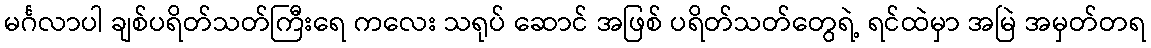
မင်္ဂလာပါ ချစ်ပရိတ်သတ်ကြီးရေ ကလေး သရုပ် ဆောင် အဖြစ် ပရိတ်သတ်တွေရဲ့ ရင်ထဲမှာ အမြဲ အမှတ်တရ